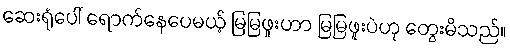
ဆေးရုံပေါ် ရောက်နေပေမယ့် မြမြဖူးဟာ မြမြဖူးပဲဟု တွေးမိသည်။